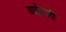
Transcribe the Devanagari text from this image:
वाईटली